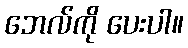
ဘေလ်ကို ပေးပါ။